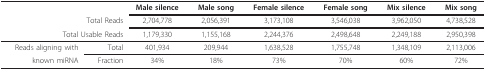
|  |  | Male silence | Male song | Female silence | Female song | Mix silence | Mix song |
 | <COLSPAN=2> Total Reads | 2,704,778 | 2,056,391 | 3,173,108 | 3,546,038 | 3,962,050 | 4,738,528 |
 | <COLSPAN=2> Total Usable Reads | 1,179,330 | 1,155,168 | 2,244,376 | 2,498,648 | 2,249,188 | 2,950,398 |
 | --- | --- | --- | --- | --- | --- | --- | --- |
 | Reads aligning with | Total | 401,934 | 209,944 | 1,638,528 | 1,755,748 | 1,348,109 | 2,113,006 |
 | known miRNA | Fraction | 34% | 18% | 73% | 70% | 60% | 72% |